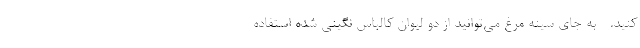
کنید. - به جای سینه مرغ می‌توانید از دو لیوان کالباس نگینی شده استفاده